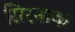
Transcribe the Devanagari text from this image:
सिरनाक